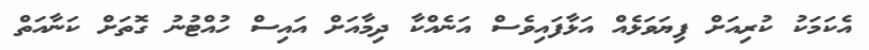
އެކަމަކު ކުރިއަށް ފިޔަވަޅެއް އަޅާފައިވެސް އަނެއްކާ ދިމާއަށް އައިސް ހުއްޓުނު ގޮތަށް ކަނާއަތް